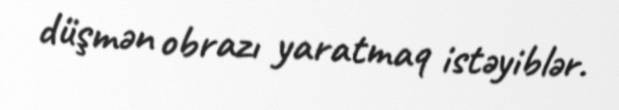
düşmən obrazı yaratmaq istəyiblər.